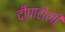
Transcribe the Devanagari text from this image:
दीपाटोली